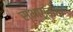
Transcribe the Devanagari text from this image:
सभागृहांची